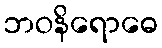
ဘဝနိရောဓေ